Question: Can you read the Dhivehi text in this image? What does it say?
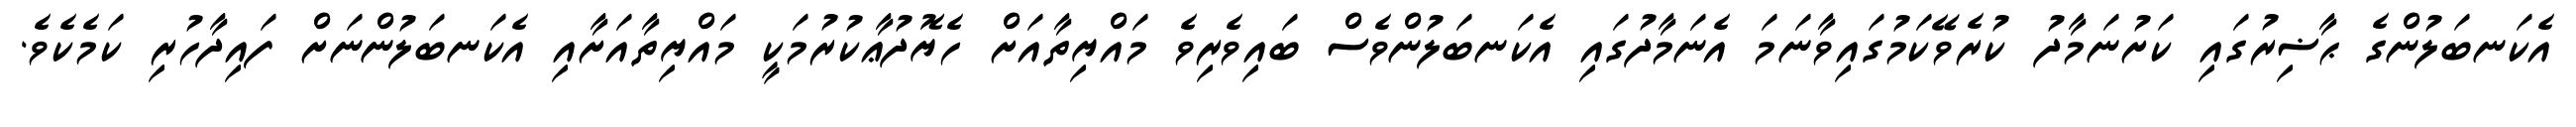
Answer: އެކަނބަލުންގެ ޙާޟިރުގައި ކަށުނަމާދު ކުރެވޭކަމުގައިވާނަމަ އެނަމާދުގައި އެކަނބަލުންވެސް ބައިވެރިވެ މައްޔިތާއަށް ހެޔޮދުޢާކުރުމަކީ މައްޔިތާއަށާއި އެކަނބަލުންނަށް ފައިދާހުރި ކަމެކެވެ.